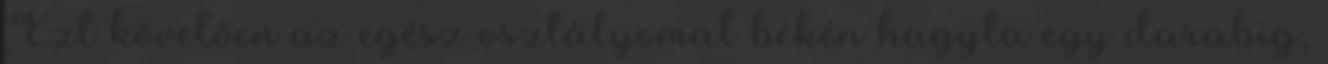
Ezt követően az egész osztályomat békén hagyta egy darabig,